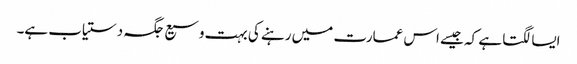
ایسا لگتا ہے کہ جیسے اس عمارت میں رہنے کی بہت وسیع جگہ دستیاب ہے۔